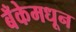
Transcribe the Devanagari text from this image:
बँकेमधून